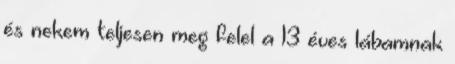
és nekem teljesen meg felel a 13 éves lábamnak